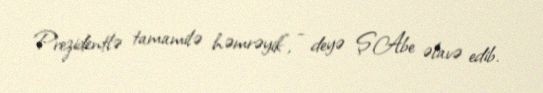
Prezidentlə tamamilə həmrəyik”, - deyə Ş.Abe əlavə edib.